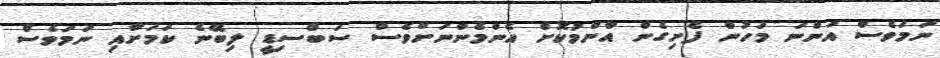
ނަމަވެސް އަންނަ މަހުން ފެށިގެން އާންމުކޮށް އެންމެންނަށްވެސް ސަބްސިޑީ ލިބޭނެ ކަމަށާއި ނަމަވެސް